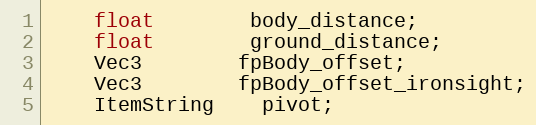
Language: C
	float		body_distance;
	float		ground_distance;
	Vec3		fpBody_offset;
	Vec3		fpBody_offset_ironsight;
	ItemString	pivot;